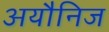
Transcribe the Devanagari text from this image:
अयौनिज